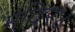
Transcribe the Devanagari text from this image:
मंदिर४